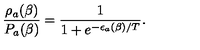
\frac { \rho _ { a } ( \beta ) } { P _ { a } ( \beta ) } = \frac { 1 } { 1 + e ^ { - \epsilon _ { a } ( \beta ) / T } } .